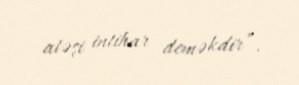
atəşi intihar deməkdir”.